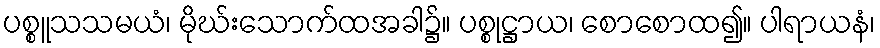
ပစ္စူသသမယံ၊ မိုဃ်းသောက်ထအခါ၌။ ပစ္စုဋ္ဌာယ၊ စောစောထ၍။ ပါရာယနံ၊